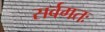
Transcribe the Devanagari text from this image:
सर्वगतः